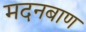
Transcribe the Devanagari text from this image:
मदनबाण